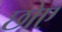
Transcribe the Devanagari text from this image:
छोए